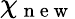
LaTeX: \mathbb{\chi}_{\mathrm{~n~e~w~}}